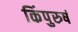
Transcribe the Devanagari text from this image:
किंपुरुषं